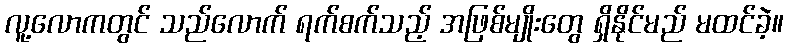
လူ့လောကတွင် သည်လောက် ရက်စက်သည့် အဖြစ်မျိုးတွေ ရှိနိုင်မည် မထင်ခဲ့။